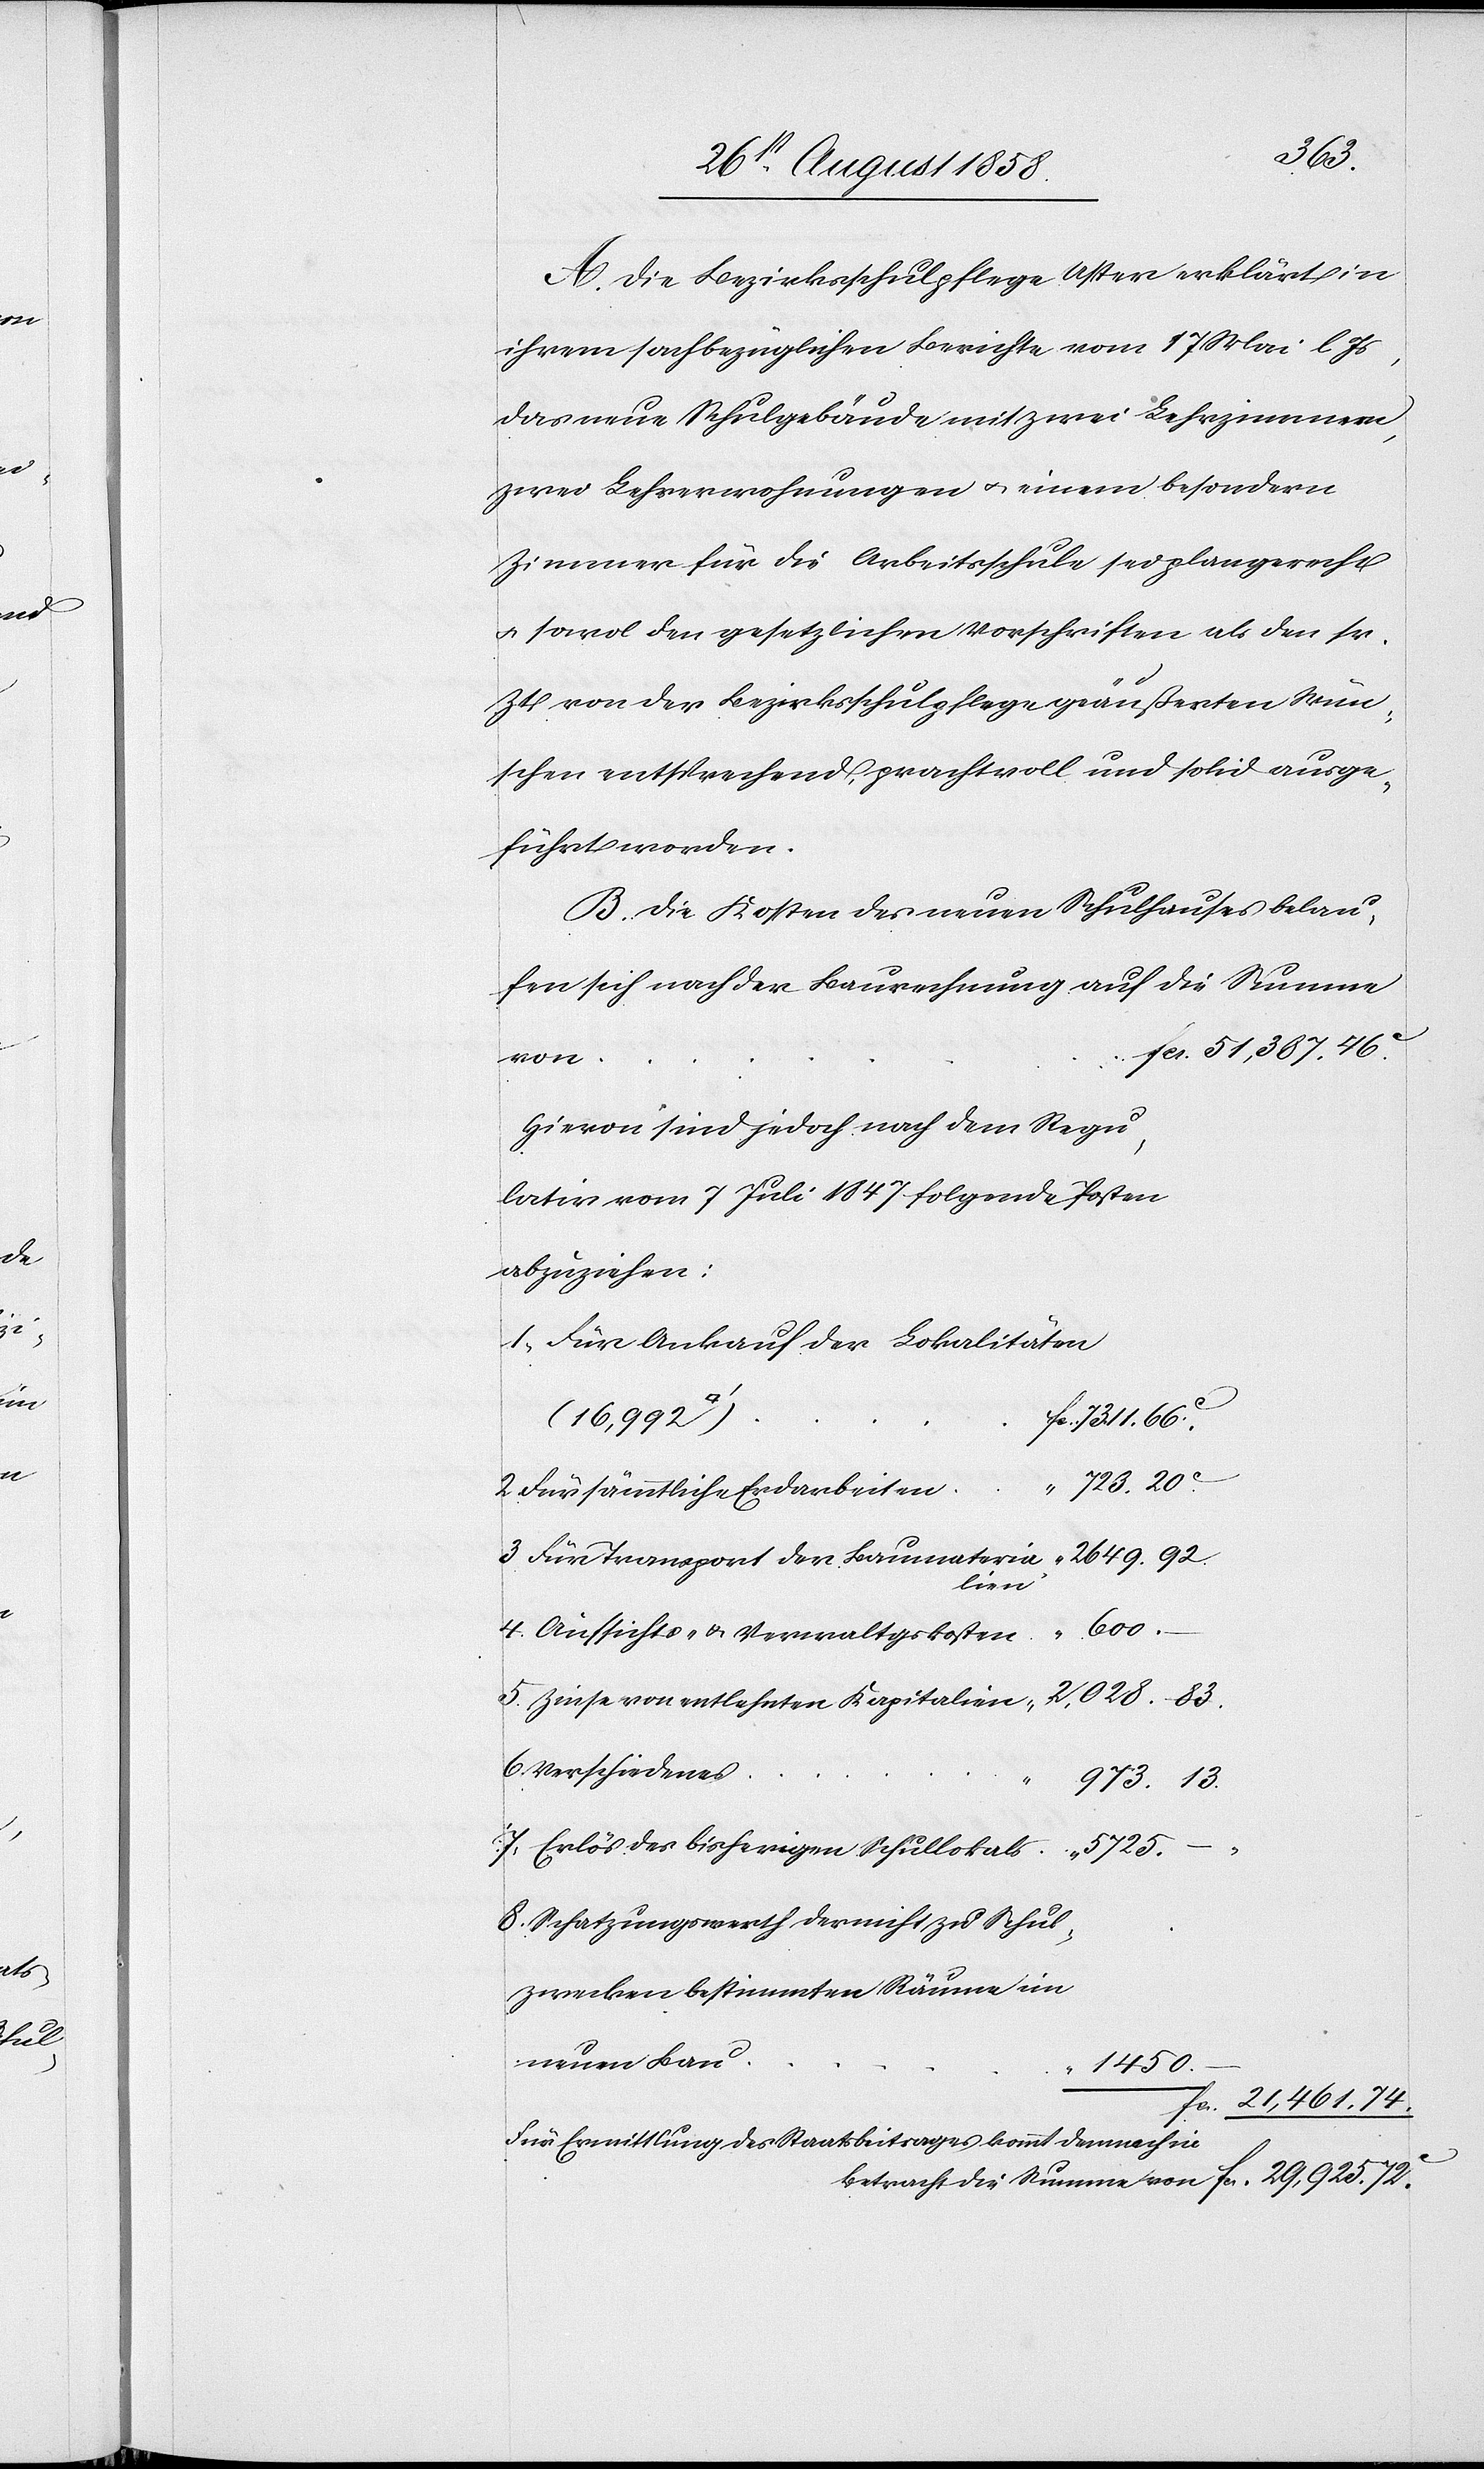
83.
A. Die Bezirksschulpflege Uster erklärt in
ihrem sachbezüglichen Berichte vom 17 Mai l. Js,
das neue Schulgebäude mit zwei Lehrzimmern,
zwei Lehrerwohnungen & einem besondern
Zimmer für die Arbeitsschule sei plangerecht
& sowol den gesetzlichen Vorschriften als den sr.
Zt. von der Bezirksschulpflege geäußerten Wün¬
schen entsprechend, prachtvoll und solid ausge¬
führt worden.
B. Die Kosten des neuen Schulhauses belau¬
fen sich nach der Baurechnung auf die Summe
fcs. 51,387. 46C.
Hievon sind jedoch nach dem Regu¬
lativ vom 7 Juli 1847 folgende Posten
abzuziehen:
Für Ankauf der Lokalitäten
(16,992
fcs. 7311. 66C.
723. 20C.
von
Für sämmtliche Erdarbeiten
lien
2,028.
Verschiedenes
973. 13.
Erlös des bisherigen Schullokals
5725. –
Schatzungswerth der nicht zu Schul¬
zwecken bestimmten Räume im
neuen Bau
“ 1450.
fcs. 29,925. 72C.
Für Ermittlung des Staatsbeitrages kommt demnach in